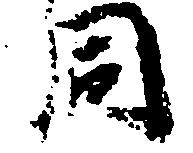
同